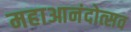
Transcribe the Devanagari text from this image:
महाआनंदोत्सव